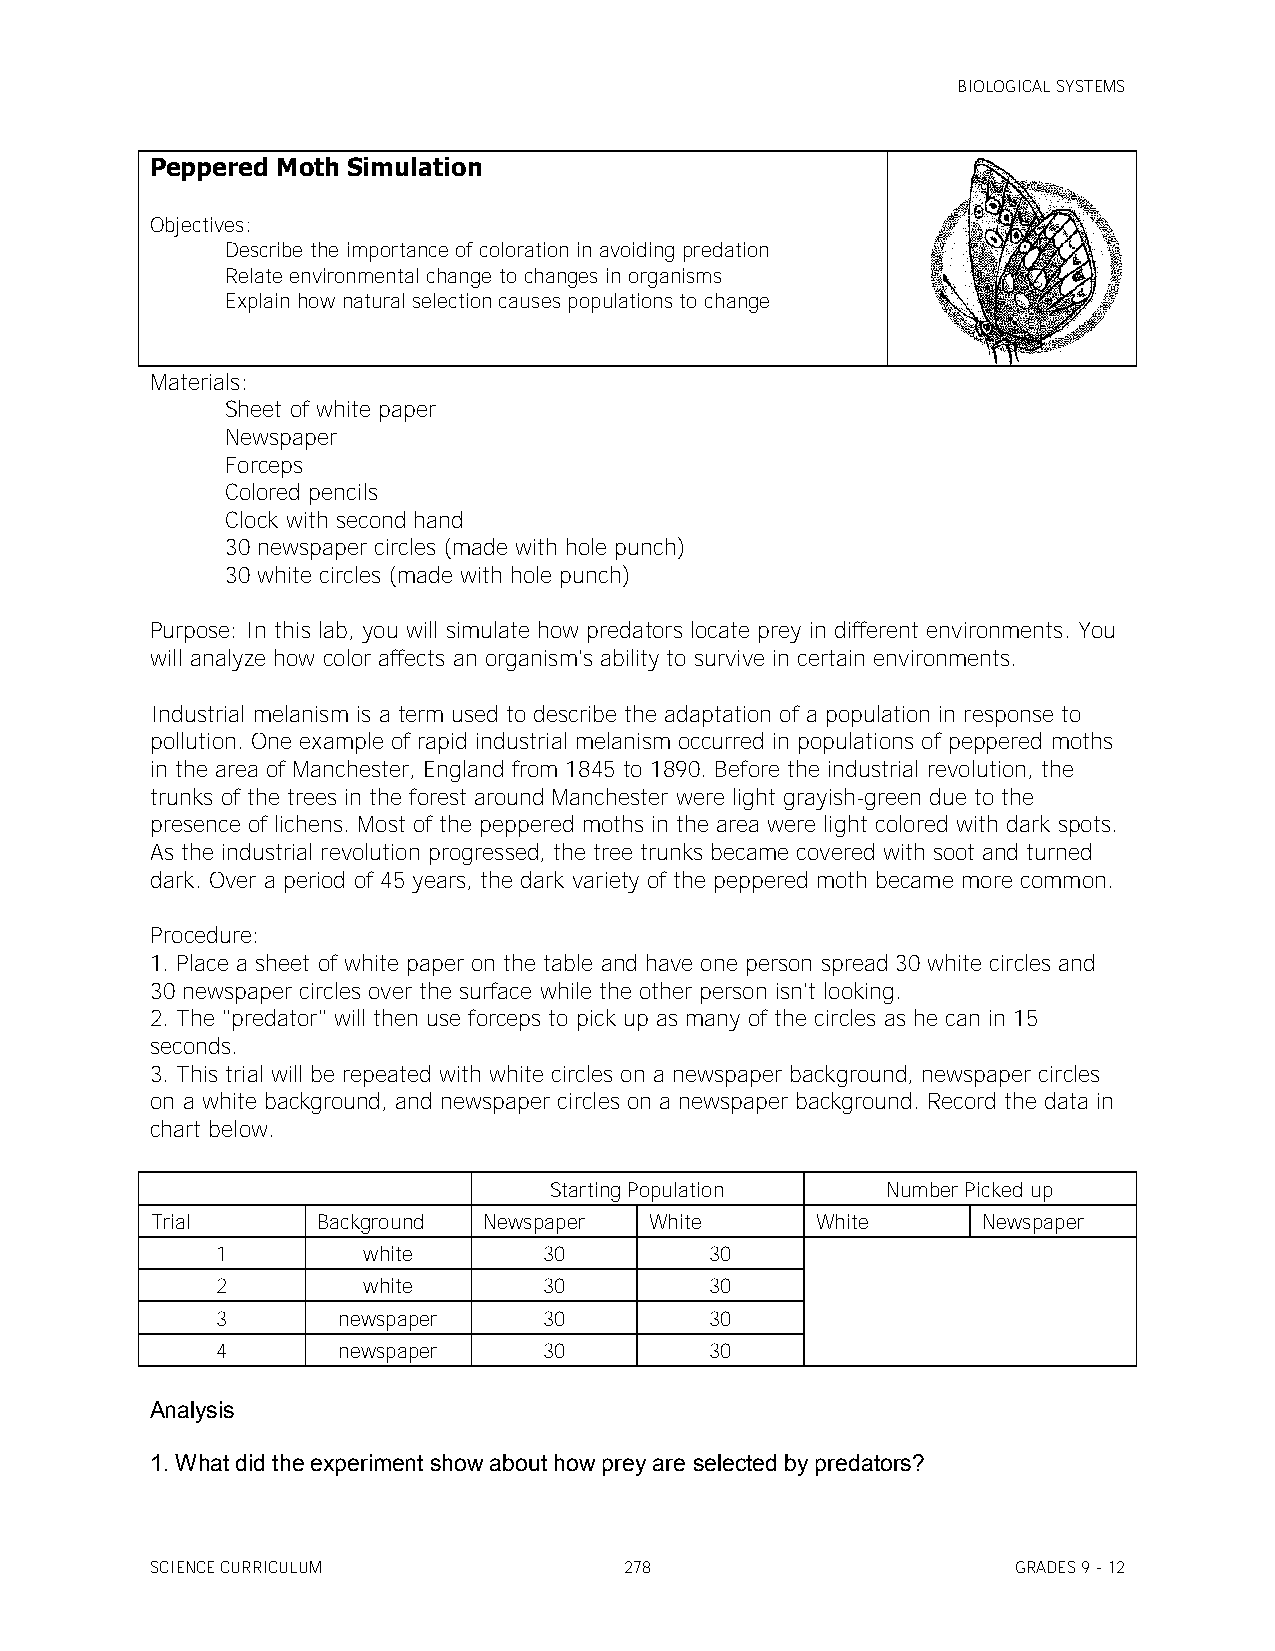
BIOLOGICAL SYSTEMS
 Peppered Moth Simulation
 Objectives:
 Describe the importance of coloration in avoiding predation
 Relate environmental change to changes in organisms
 Explain how natural selection causes populations to change
 Materials:
 Sheet of white paper
 Newspaper
 Forceps
 Colored pencils
 Clock with second hand
 30 newspaper circles (made with hole punch)
 30 white circles (made with hole punch)
 Purpose: In this lab, you will simulate how predators locate prey in different environments. You
 will analyze how color affects an organism's ability to survive in certain environments.
 Industrial melanism is a term used to describe the adaptation of a population in response to
 pollution. One example of rapid industrial melanism occurred in populations of peppered moths
 in the area of Manchester, England from 1845 to 1890. Before the industrial revolution, the
 trunks of the trees in the forest around Manchester were light grayish-green due to the
 presence of lichens. Most of the peppered moths in the area were light colored with dark spots.
 As the industrial revolution progressed, the tree trunks became covered with soot and turned
 dark. Over a period of 45 years, the dark variety of the peppered moth became more common.
 Procedure:
 1. Place a sheet of white paper on the table and have one person spread 30 white circles and
 30 newspaper circles over the surface while the other person isn't looking.
 2. The "predator" will then use forceps to pick up as many of the circles as he can in 15
 seconds.
 3. This trial will be repeated with white circles on a newspaper background, newspaper circles
 on a white background, and newspaper circles on a newspaper background. Record the data in
 chart below.
 Starting Population    Number Picked up
 Trial      Background Newspaper  White      White      Newspaper
 1         white       30         30
 2         white       30         30
 3       newspaper     30         30
 4       newspaper     30         30
 Analysis
 1. What did the experiment show about how prey are selected by predators?
 SCIENCE CURRICULUM             278                       GRADES 9 - 12